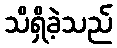
သိရှိခဲ့သည်